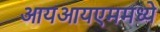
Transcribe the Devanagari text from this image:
आयआयएममध्ये